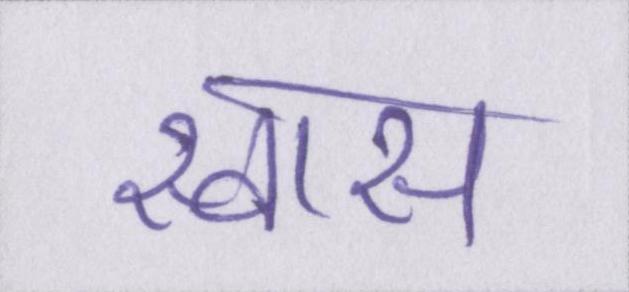
स्वास